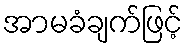
အာမခံချက်ဖြင့်